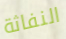
النفاثة